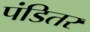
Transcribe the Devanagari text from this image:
पंडितर